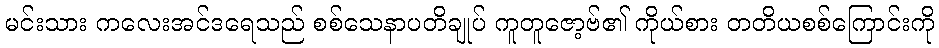
မင်းသား ကလေးအင်ဒရေသည် စစ်သေနာပတိချုပ် ကူတူဇော့ဗ်၏ ကိုယ်စား တတိယစစ်ကြောင်းကို